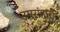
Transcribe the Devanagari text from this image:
उपसंहार।